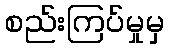
စည်းကြပ်မှုမှ